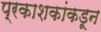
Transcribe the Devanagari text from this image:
प्रकाशकांकडून